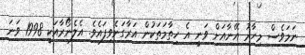
ނަމަވެސް މިހާރު އޭނާއަށް ވަނީ އެ ހިތާމަތަކުން އަރާގަނެވިފައެވެ. އެލެނޯރާއަކީ 1998 ވަނަ